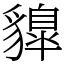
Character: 䝥